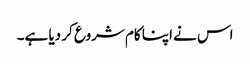
اس نے اپنا کام شروع کر دیا ہے۔